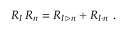
R _ { I } \, R _ { n } = R _ { I \triangleright n } + R _ { I \cdot n } \ .